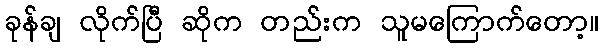
ခုန်ချ လိုက်ပြီ ဆိုက တည်းက သူမကြောက်တော့။